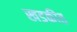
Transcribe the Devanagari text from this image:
खडकीत